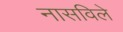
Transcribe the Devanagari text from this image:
नासविले